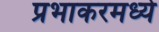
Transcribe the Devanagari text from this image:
प्रभाकरमध्ये